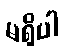
မရှိပါ